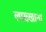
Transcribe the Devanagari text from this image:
लाख्खाना